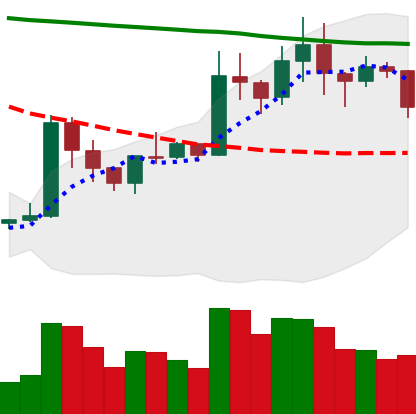
Ticker: XRP-USD
Chart end date: 2020-01-23
Forward return: 5.477%
Label: up_5_7